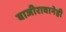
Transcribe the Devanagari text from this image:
बाजीरावानेही